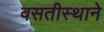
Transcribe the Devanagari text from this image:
वसतीस्थाने